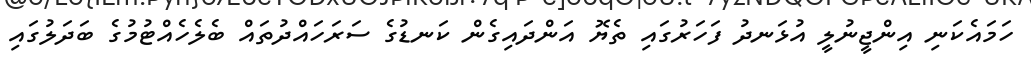
ހަމައެކަނި އިންޖީނުލީ އުޅަނދު ފަހަރުގައި ތެޔޮ އަންދައިގެން ކަނޑުގެ ސަރަހައްދުތައް ބެލެހެއްޓުމުގެ ބަދަލުގައި